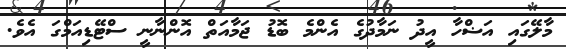
މާލޭގައި އަޟްހާ އީދު ނަމާދުގެ އެންމެ ބޮޑު ޖަމާއަތް އޮންނާނީ ސްޓޭޑިއަމްގަ އެވެ.